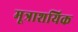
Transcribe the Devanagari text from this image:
मूत्राशयिक